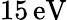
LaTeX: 15\, \mathrm{eV}